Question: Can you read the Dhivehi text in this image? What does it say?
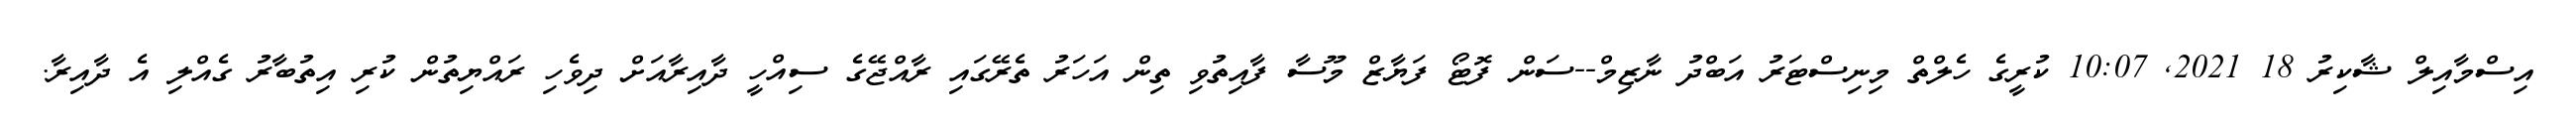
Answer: އިސްމާއިލް ޝާކިރު 18 2021, 10:07 ކުރީގެ ހެލްތް މިނިސްޓަރު އަބްދު ނާޒިމް--ސަން ފޮޓޯ ފަޔާޒް މޫސާ ފާއިތުވި ތިން އަހަރު ތެރޭގައި ރާއްޖޭގެ ސިއްހީ ދާއިރާއަށް ދިވެހި ރައްޔިތުން ކުރި އިތުބާރު ގެއްލި އެ ދާއިރާ.